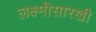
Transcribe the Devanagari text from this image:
लक्ष्मीसारखी